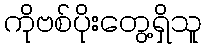
ကိုဗစ်ပိုးတွေ့ရှိသူ